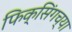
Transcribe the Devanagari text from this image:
फिक्सिंगच्या